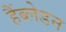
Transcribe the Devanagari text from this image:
हैंब्लेडन